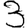
Digit: 3